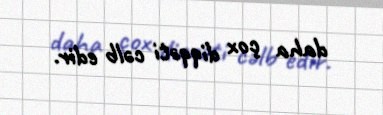
daha çox diqqəti cəlb edir.